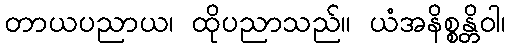
တာယပညာယ၊ ထိုပညာသည်။ ယံအနိစ္စန္တိဝါ၊